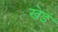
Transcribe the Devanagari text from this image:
खेडं